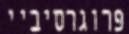
פרוגרסיביי